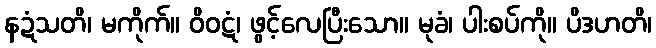
နဍံသတိ၊ မကိုက်။ ဝိဝဋံ၊ ဖွင့်လေပြီးသော။ မုခံ၊ ပါးစပ်ကို။ ပိဒဟတိ၊